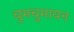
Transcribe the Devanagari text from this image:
चुमचुमायन